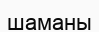
шаманы